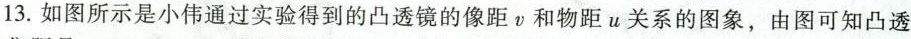
13.如图所示是小伟通过实验得到的凸透镜的像距y和物距u关系的图象，由图可知凸透